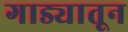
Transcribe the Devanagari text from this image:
गाड्यातून